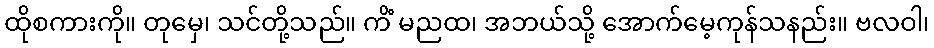
ထိုစကားကို။ တုမှေ၊ သင်တို့သည်။ ကိံ မညထ၊ အဘယ်သို့ အောက်မေ့ကုန်သနည်း။ ဗလဝါ၊